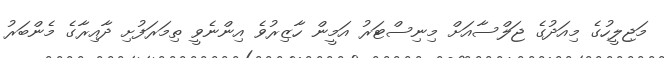
މަޖިލީހުގެ މިއަދުގެ ޖަލްސާއަށް މިނިސްޓަރު އަމީން ހާޒިރުވެ އިންނެވީ ތިމަރަފުށި ދާއިރާގެ މެންބަރު